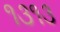
૧૩૧૩